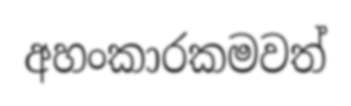
අහංකාරකමවත්